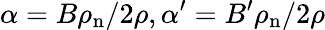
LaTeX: \alpha=B\rho_{\mathrm{n}}/2\rho,\alpha^{\prime}=B^{\prime}\rho_{\mathrm{n}}/2\rho